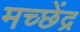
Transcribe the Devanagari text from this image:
मच्छेंद्र